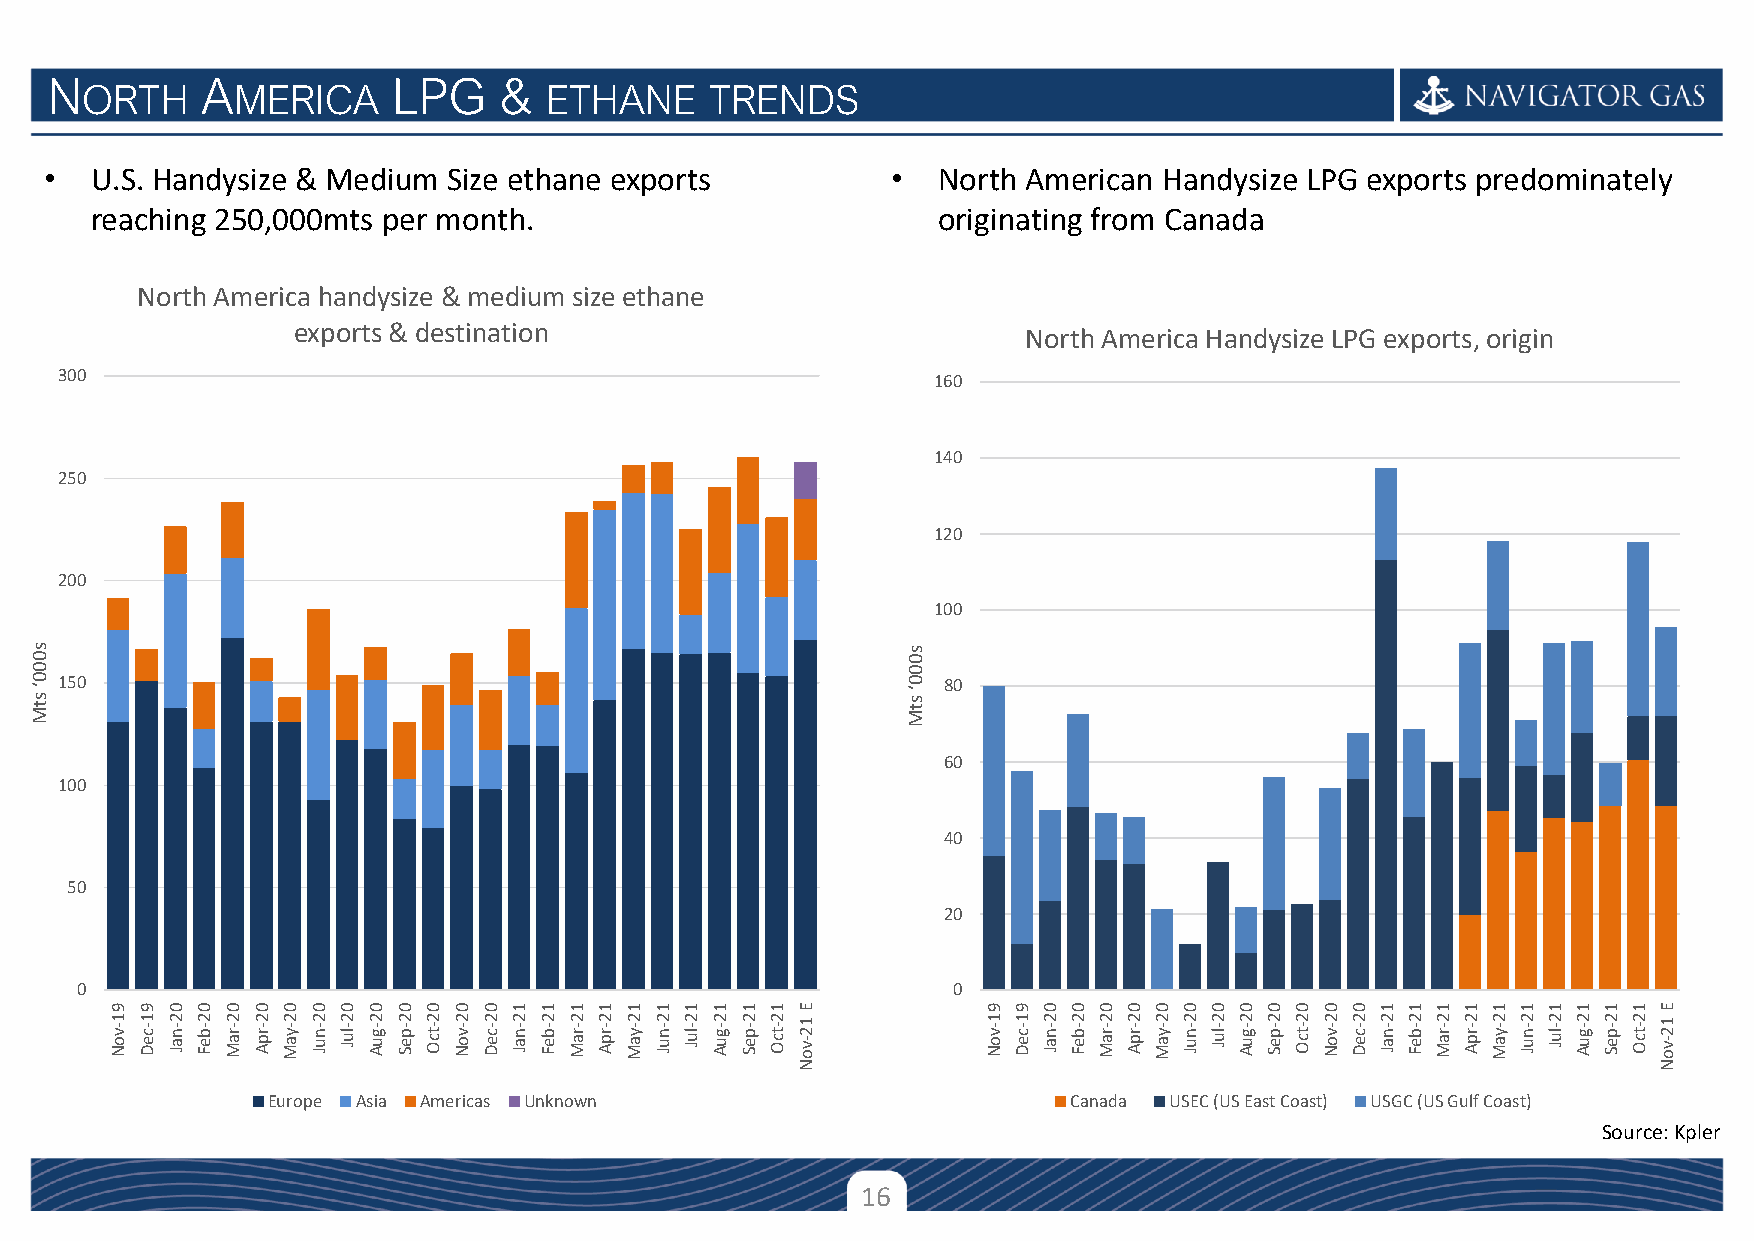
N         A            LPG    &
 ORTH      MERICA               ETHANE     TRENDS
 •  U.S. Handysize & Medium Size ethane exports          •  North American Handysize LPG exports predominately
 reaching 250,000mts per month.                          originating from Canada
 North America handysize & medium size ethane
 exports & destination                            North America Handysize LPG exports, origin
 300                                                       160
 140
 250
 120
 200
 100
 s 0                                                       s 0
 0                                                         0
 0 ‘ 150                                                   0 ‘ 80
 s t M                                                     s t M
 60
 100
 40
 50
 20
 0                                                         0
 9 9 0 0 0 0 0 0 0 0 0 0 0 0 1 1 1 1 1 1 1 1 1 1 E         9 9 0 0 0 0 0 0 0 0 0 0 0 0 1 1 1 1 1 1 1 1 1 1 E
 1 -v
 o N
 1 -c
 e D
 2 -n
 a J
 2 -b
 e F
 2 -r
 a M
 2 -r
 p A
 2 -y
 a M
 2 -n
 u J
 2 -lu
 J
 2 -g
 u A
 2 -p
 e S
 2 -tc
 O
 2 -v
 o N
 2 -c
 e D
 2 -n
 a J
 2 -b
 e F
 2 -r
 a M
 2 -r
 p A
 2 -y
 a M
 2 -n
 u J
 2 -lu
 J
 2 -g
 u A
 2 -p
 e S
 2 -tc
 O
 1 2
 -v o
 1 -v
 o N
 1 -c
 e D
 2 -n
 a J
 2 -b
 e F
 2 -r
 a M
 2 -r
 p A
 2 -y
 a M
 2 -n
 u J
 2 -lu
 J
 2 -g
 u A
 2 -p
 e S
 2 -tc
 O
 2 -v
 o N
 2 -c
 e D
 2 -n
 a J
 2 -b
 e F
 2 -r
 a M
 2 -r
 p A
 2 -y
 a M
 2 -n
 u J
 2 -lu
 J
 2 -g
 u A
 2 -p
 e S
 2 -tc
 O
 1 2
 -v o
 N                                                        N
 Europe Asia Americas Unknown                         Canada USEC (US East Coast) USGC (US Gulf Coast)
 Source: Kpler
 16
 Confidential